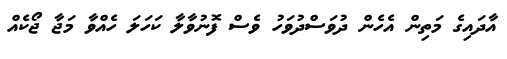
އާދައިގެ މަތިން އެހެން ދުވަސްދުވަހު ވެސް ފޮނުވާލާ ކަހަލަ ހެއްވާ މަޖާ ޖޯކެއް